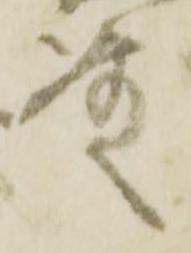
殿